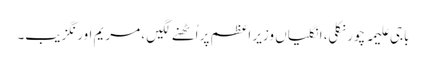
باجی علیمہ چور نکلی، انگلیاں وزیر اعظم پر اُٹھنے لگیں ، مریم اورنگزیب۔